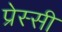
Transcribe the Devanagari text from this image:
प्रेस्सी